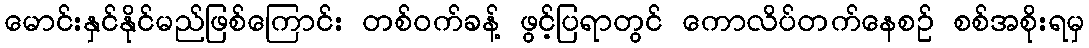
မောင်းနှင်နိုင်မည်ဖြစ်ကြောင်း တစ်ဝက်ခန့် ဖွင့်ပြရာတွင် ကောလိပ်တက်နေစဉ် စစ်အစိုးရမှ